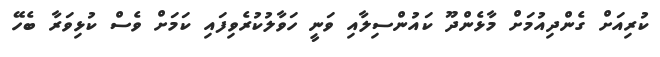
ކުރިއަށް ގެންދިއުމަށް މާޅެންދޫ ކައުންސިލާއި ވަނީ ހަވާލުކުރެވިފައި ކަމަށް ވެސް ކުޅިވަރާ ބެހޭ